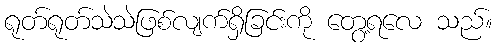
ရုတ်ရုတ်သဲသဲဖြစ်လျက်ရှိခြင်းကို တွေ့ရလေ သည်။